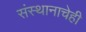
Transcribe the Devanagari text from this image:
संस्थानाचेही